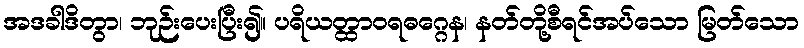
အဒခါဒိတွာ၊ ဘုဉ်းပေးပြီး၍။ ပရိယတ္ထာဝရဓဂ္ဂေန၊ နတ်တို့စီရင်အပ်သော မြတ်သော